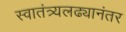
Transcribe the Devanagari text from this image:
स्वातंत्र्यलढ्यानंतर